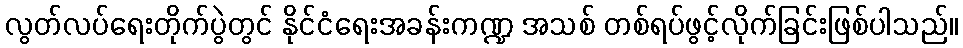
လွတ်လပ်ရေးတိုက်ပွဲတွင် နိုင်ငံရေးအခန်းကဏ္ဍ အသစ် တစ်ရပ်ဖွင့်လိုက်ခြင်းဖြစ်ပါသည်။